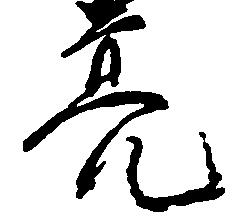
亮